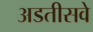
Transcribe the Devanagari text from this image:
अडतीसवे